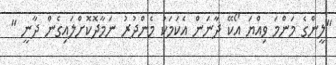
"ލީންގެ މަންމަ ވިއްޔަ އޯކޭ ދާނަން އެކަމަކު މެންދުރު ނަމާދޮކޮށްލައިގެން ދާނީ "